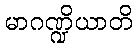
မာဂဏ္ဍိယာတိ